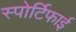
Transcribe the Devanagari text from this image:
स्पोर्टिफाई